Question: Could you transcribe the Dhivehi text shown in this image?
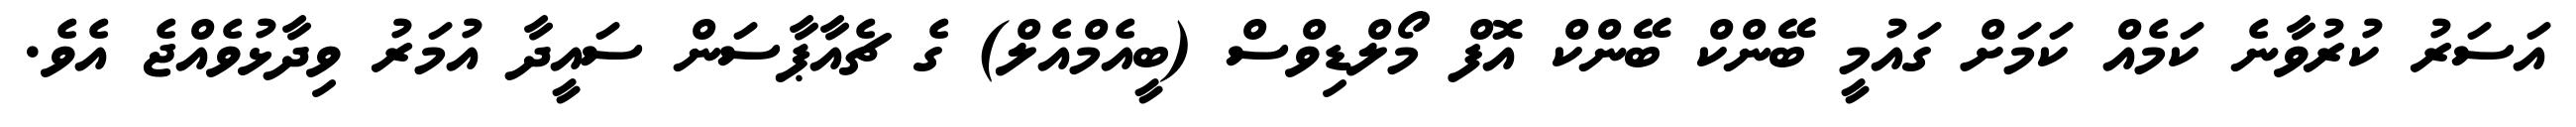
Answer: އަސަރު ކުރުވާނެ ކަމެއް ކަމަށް ގައުމީ ބޭންކް ބޭންކް އޮފް މޯލްޑިވްސް (ބީއެމްއެލް) ގެ ޗެއާޕާސަން ސައީދާ އުމަރު ވިދާޅުވެއްޖެ އެވެ.